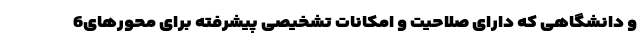
و دانشگاهی که دارای صلاحیت و امکانات تشخیصی پیشرفته برای محورهای6